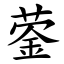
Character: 蓥